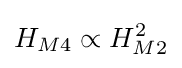
H_{M4}\propto H_{M2}^{2}